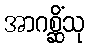
အာဂစ္ဆိံသု